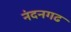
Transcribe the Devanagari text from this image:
नंदनगढ